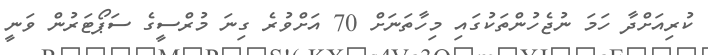
ކުރިއަށްދާ ހަމަ ނުޖެހުންތަކުގައި މިހާތަނަށް 70 އަށްވުރެ ގިނަ މުރްސީގެ ސަޕޯޓަރުން ވަނީ